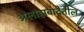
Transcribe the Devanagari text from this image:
अलाहाबादेतील